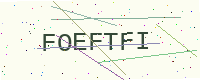
Text: FOEFTFI